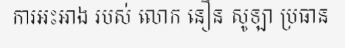
ការអះអាង របស់ លោក នឿន សូឡា ប្រធាន